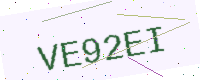
Text: VE92EI